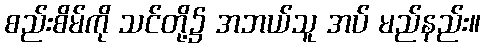
စည်းစိမ်ကို သင်တို့၌ အဘယ်သူ အပ် မည်နည်း။